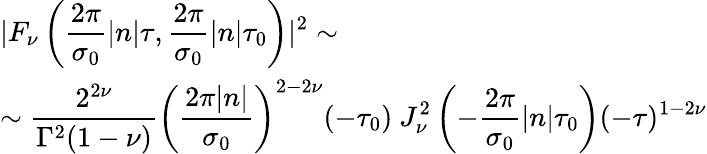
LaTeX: \begin{array}{l}{{{\displaystyle|F_{\nu}\left(\frac{2\pi}{\sigma_{0}}|n|\tau,\frac{2\pi}{\sigma_{0}}|n|\tau_{0}\right)|^{2}\sim}}}\\ {{\sim{\displaystyle\frac{2^{2\nu}}{\Gamma^{2}(1-\nu)}\left(\frac{2\pi|n|}{\sigma_{0}}\right)^{2-2\nu}(-\tau_{0})~J_{\nu}^{2}\left(-\frac{2\pi}{\sigma_{0}}|n|\tau_{0}\right)(-\tau)^{1-2\nu}}}}\end{array}